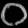
Digit: ၀